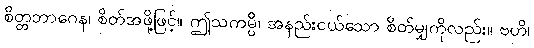
စိတ္တဘာဂေန၊ စိတ်အဖို့ဖြင့်။ ဤသကမ္ပိ၊ အနည်းငယ်သော စိတ်မျှကိုလည်း။ ဗဟိ၊